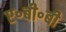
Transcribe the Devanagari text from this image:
ए॰बी॰बी